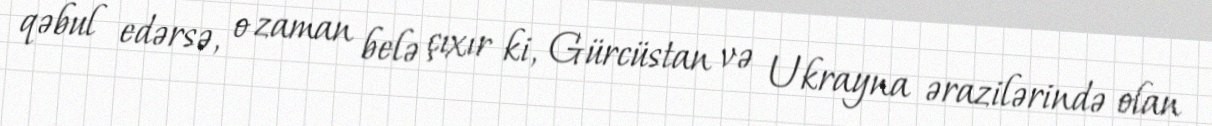
qəbul edərsə, o zaman belə çıxır ki, Gürcüstan və Ukrayna ərazilərində olan